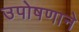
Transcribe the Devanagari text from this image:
उपोषणाने